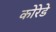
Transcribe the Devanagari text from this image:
कोरेडे